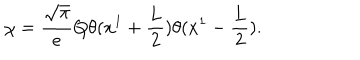
\chi = { \frac { \sqrt \pi } { e } } Q \theta ( x ^ { 1 } + { \frac { L } { 2 } } ) \theta ( x ^ { 1 } - { \frac { L } { 2 } } ) .